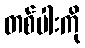
တစ်ပါးကို